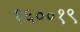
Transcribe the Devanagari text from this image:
१६००१९